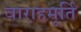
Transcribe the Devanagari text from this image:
वाराहमूर्ति